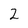
Character: 2